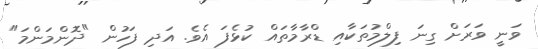
ވަނީ ވަރަށް ގިނަ ފިލްމުތަކާއި ޑްރާމާތައް ކުޅެފަ އެވެ. އަދި ފަހުން "ދޮންމަންމަ"